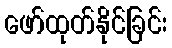
ဖော်ထုတ်နိုင်ခြင်း